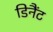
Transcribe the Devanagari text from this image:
डिनैंट